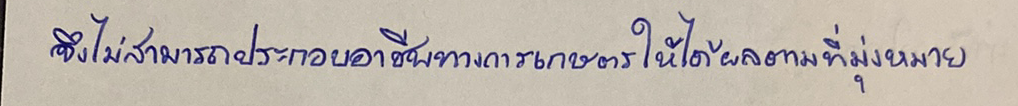
จึงไม่สามารถประกอบอาชีพทางการเกษตรให้ได้ผลตามที่มุ่งหมาย